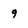
Character: 9